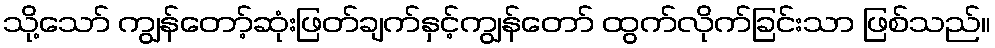
သို့သော် ကျွန်တော့်ဆုံးဖြတ်ချက်နှင့်ကျွန်တော် ထွက်လိုက်ခြင်းသာ ဖြစ်သည်။